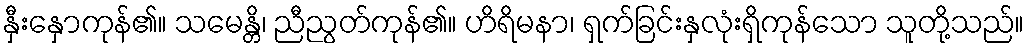
နှီးနှောကုန်၏။ သမေန္တိ၊ ညီညွတ်ကုန်၏။ ဟိရိမနာ၊ ရှက်ခြင်းနှလုံးရှိကုန်သော သူတို့သည်။